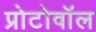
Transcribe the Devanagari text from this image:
प्रोटोवॉल